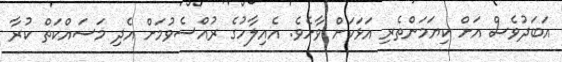
އަބަދުވެސް އަށް ކިޔަމަންތެރި އަޅަކަށް ވާށެވެ. އެއިލާހުގެ ރުއްސެވުމަށް އެދި މަސައްކަތް ކުރާ